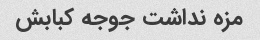
مزه نداشت جوجه کبابش